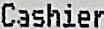
CASHIER